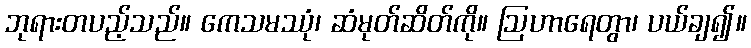
ဘုရားတပည့်သည်။ ကေသမဿုံ၊ ဆံမုတ်ဆိတ်ကို။ ဩဟာရေတွာ၊ ပယ်ချ၍။